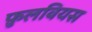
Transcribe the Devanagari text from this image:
फ़ुलवियस